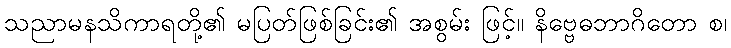
သညာမနသိကာရတို့၏ မပြတ်ဖြစ်ခြင်း၏ အစွမ်း ဖြင့်။ နိဗ္ဗေဓဘာဂိတော စ၊